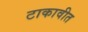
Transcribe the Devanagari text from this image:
टाकावीत